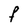
Character: F